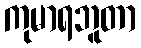
ကုမာရဘူတာ